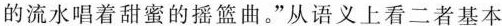
的流水唱着甜蜜的摇篮曲。”从语义上看二者基本